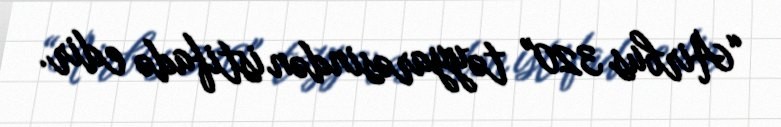
“Airbus 320" təyyarəsindən istifadə edir.